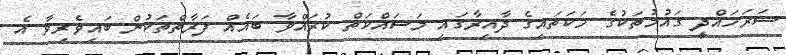
ސަރަހައްދީ ގައުމުތަކުގެ ހަކަތައިގެ ދާއިރާގައި މަސައްކަތް ކުރައްވާ ބައެއް ފަރާތްތަކުން ބައިވެރިވާ އެ